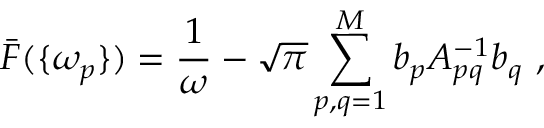
\bar { F } ( \{ \omega _ { p } \} ) = \frac { 1 } { \omega } - \sqrt { \pi } \sum _ { p , q = 1 } ^ { M } b _ { p } A _ { p q } ^ { - 1 } b _ { q } \ ,